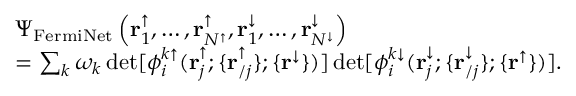
\begin{array} { r l } & { \Psi _ { \mathrm { F e r m i N e t } } \left( \mathbf { r } _ { 1 } ^ { \uparrow } , \dots , \mathbf { r } _ { N ^ { \uparrow } } ^ { \uparrow } , \mathbf { r } _ { 1 } ^ { \downarrow } , \dots , \mathbf { r } _ { N ^ { \downarrow } } ^ { \downarrow } \right) } \\ & { = \sum _ { k } \omega _ { k } \operatorname* { d e t } [ \phi _ { i } ^ { k \uparrow } ( \mathbf { r } _ { j } ^ { \uparrow } ; \{ \mathbf { r } _ { / j } ^ { \uparrow } \} ; \{ \mathbf { r } ^ { \downarrow } \} ) ] \operatorname* { d e t } [ \phi _ { i } ^ { k \downarrow } ( \mathbf { r } _ { j } ^ { \downarrow } ; \{ \mathbf { r } _ { / j } ^ { \downarrow } \} ; \{ \mathbf { r } ^ { \uparrow } \} ) ] . } \end{array}